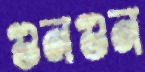
গুনগুন